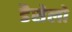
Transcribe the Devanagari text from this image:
डैसेलो